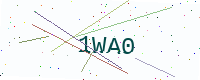
Text: 1WA0